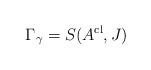
LaTeX: \begin{align*}\Gamma _{\gamma }=S(A^{\mathrm{cl}},J)\; \end{align*}